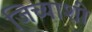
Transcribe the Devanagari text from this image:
जिच्याशी